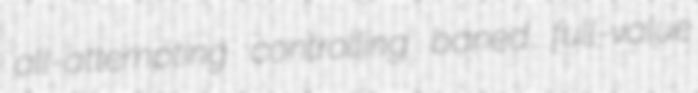
all-attempting controlling baned full-value